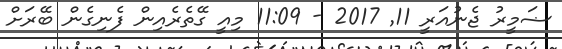
ޟަމީރު ޖެނުއަރީ 11